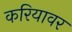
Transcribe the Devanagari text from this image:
करियावर